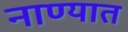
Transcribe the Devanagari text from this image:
नाण्यात